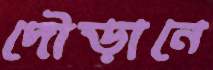
দৌড়ানে